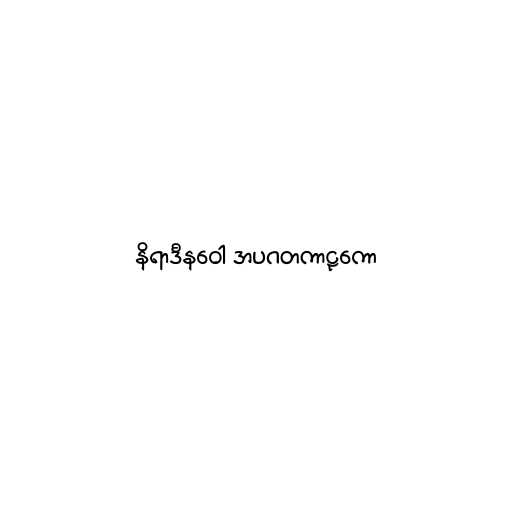
နိရာဒီနဝေါ အပဂတကာဠကော